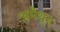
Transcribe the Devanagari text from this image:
अमैथुन